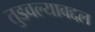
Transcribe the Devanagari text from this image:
तुडवल्याबद्दल